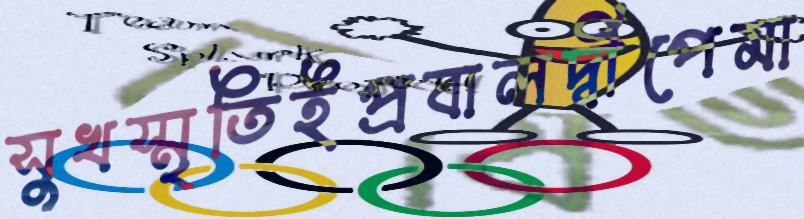
সুখস্মৃতিইপ্রবালদ্বীপেমা